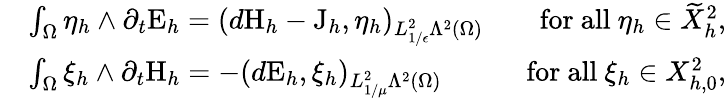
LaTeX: \begin{array}{rlr}&{\int_{\Omega}\eta_{h}\wedge\partial_{t}\mathrm{E}_{h}=(d\mathrm{H}_{h}-\mathrm{J}_{h},\eta_{h})_{L_{1/\epsilon}^{2}\Lambda^{2}(\Omega)}\; }&{\mathrm{~for~all~}\eta_{h}\in\widetilde{X}_{h}^{2},}\\ &{\int_{\Omega}\xi_{h}\wedge\partial_{t}\mathrm{H}_{h}=-(d\mathrm{E}_{h},\xi_{h})_{L_{1/\mu}^{2}\Lambda^{2}(\Omega)}\; }&{\mathrm{~for~all~}\xi_{h}\in X_{h,0}^{2},}\end{array}